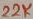
Text: 22K